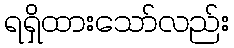
ရရှိထားသော်လည်း